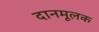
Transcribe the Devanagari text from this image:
दानमूलक